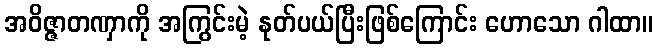
အဝိဇ္ဇာတဏှာကို အကြွင်းမဲ့ နုတ်ပယ်ပြီးဖြစ်ကြောင်း ဟောသော ဂါထာ။